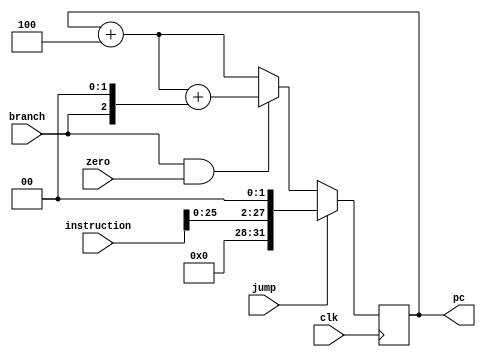
module PC(clk  , instruction ,  zero , branch , jump , pc );
input clk ;
input[31:0] instruction ;
reg[31:0] npc;
input zero ;
input jump ;
input branch ;
wire[31:0] pcInc;
wire[31:0] Branch1 ;
wire[15:0] address;
wire[31:0] branchAdd;
reg[31:0] mux1; 
wire select1 ;
wire[31:0] jumpAdd ;
output [31:0] pc ;
reg [31:0] pc ;


assign select1 = branch & zero ;
assign pcInc = pc + 4 ;
assign address = instruction[15:0];
assign Branch1 =  {{16{address[15]}},address[15:0]} ;   // sign extension
assign branchAdd = pcInc + ( branch << 2 ) ;

always@( branchAdd or pcInc or select1  ) 
begin
    if ( select1 == 1 )
        mux1 = branchAdd ;
    else
        mux1 = pcInc ;
end

assign jumpAdd = ( instruction[25:0] << 2 );

always@ ( jump or jumpAdd or mux1 )
begin
    if ( jump == 1 ) 
        npc = jumpAdd ;
    else
        npc = mux1;
end

always @(posedge clk )
    pc <= npc;
endmodule